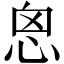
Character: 恖